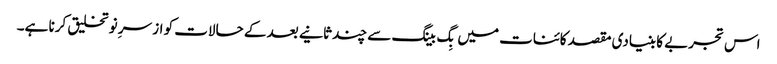
اس تجربے کا بنیادی مقصد کائنات میں بِگ بینگ سے چند ثانیے بعد کے حالات کو از سرِ نو تخلیق کرنا ہے۔